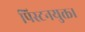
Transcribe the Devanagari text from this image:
पिस्टनयुक्त।